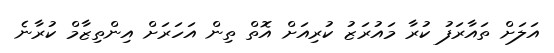
އަލަށް ތައާރަފު ކުރާ މައުރަޒު ކުރިއަށް އޮތް ތިން އަހަރަށް އިންތިޒާމް ކުރާނެ